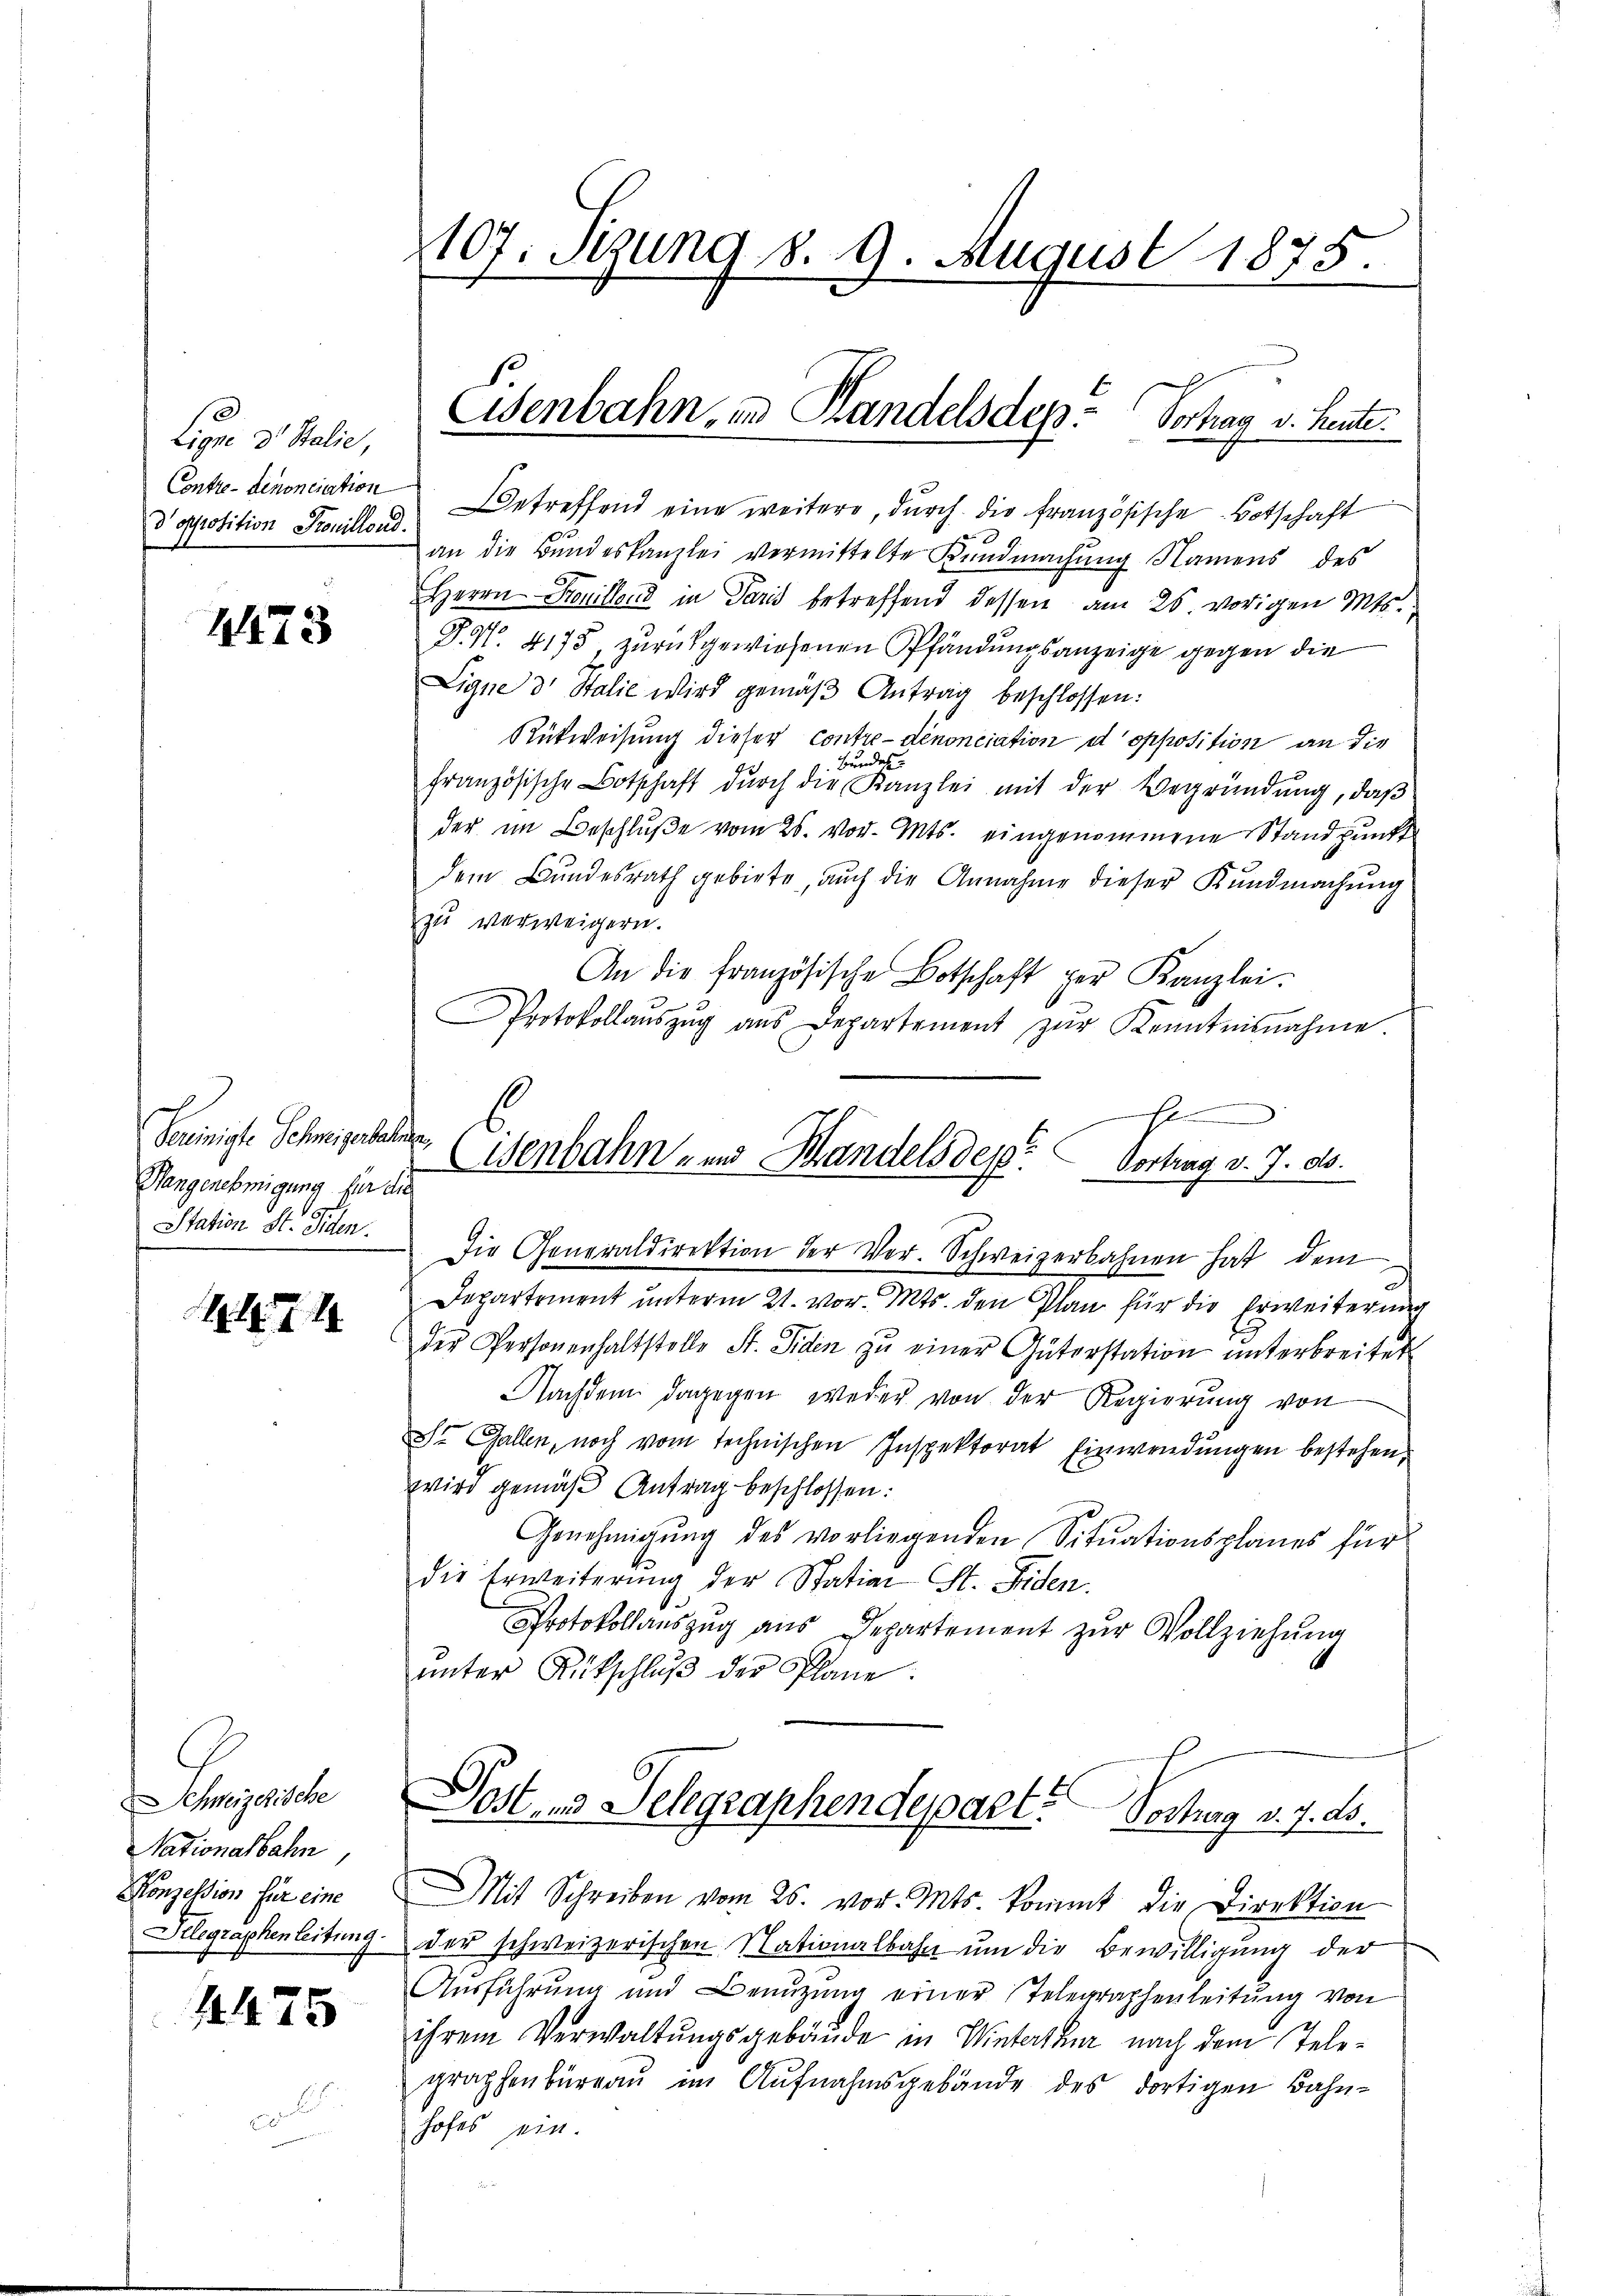
Liger v. Stalie,
Contre-Denonciation
d opposition Trouillend.

2473

Feeinigte Schweigenthalten,
Hangenehmigung für die
Station St. Fiden.

4

Segen
Nationalbahn,
Konzession für eine
Telegraphenleitung.

4475

107. Sitzung 8. 9. August 1875.

etreffend eine weitere, durch die französische Botschaft
an die Bundeskanzlei vermittelte Kundmachŭng Namens des
Herrn Honillend in Paris betreffend dessen am 26. vorigen Mts.
D. N. 4175, zurückgewiesenen Pfändungsanzeige gegen die
Ligne dr Stalie wird gemäβ Antrag beschlossen:
Rükweisung dieser Contre-denonciation d opposition an die
Bundes
französische Botschaft dŭrch die Kanzlei mit der Begründŭng, daβ
der im Beschlŭβe vom 25. vor. Mts. eingenommene Standpunkt
dem Bundesrath gebiete, auch die Annahme dieser Kundmachŭng
zu verweigern.
An die französische Botschaft per Kanzlei.
Protokollaŭszŭg aŭs Departement zŭr Kenntnisnahme.
Die Generaldirektion der Ver-Schweizerbahnen hat dem
Departement unterm 21. vor. Mts. den Plan für die Erweiterung
der Personenhaltstelle St. Siden zŭ einer Güterstation unterbreitet
Nachdem dagegen weder von der Regierung von
St. Gallen, noch vom technischen Inspektorat Einwendungen bestehen.
wird gemäß Antrag beschlossen:
Genehmigŭng des vorliegenden Sitŭationsplanes für
die Erweiterung der Station St. Fiden.
Protokollaŭszŭg aŭs Departement zŭr Vollziehŭng
ŭnter Rütschlŭβ der Plane.
Postens Telegraphendepart? Vortrag v. J. ds.
Mit Schreiben vom 26. vor. Mts. kommt die Direktion
der schweizerischen Nationalbahn um die Bewilligung der
Aŭsführŭng und Benŭtzŭng einer Telegraphenleitŭng von
ihrem Verwaltungsgebäude in Winterthur nach dem Telegraphenbüreaŭ im Aŭfnahmsgebäude des dortigen Bahn-
hofes ein

Eisenbahn, in Handelsdep: Vortrag v. heute.

E
Wenbahn- und Handels des Vortrag d. J. ab.